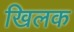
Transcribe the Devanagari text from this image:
खिलक